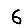
Digit: 6